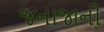
જનાજાની